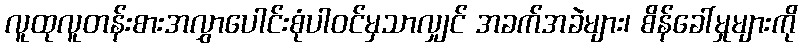
လူထုလူတန်းစားအလွှာပေါင်းစုံပါဝင်မှသာလျှင် အခက်အခဲများ၊ စိန်ခေါ်မှုများကို